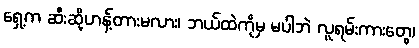
ရှေ့က ဆီးဆို့ဟန့်တားမလား၊ ဘယ်ထဲကိုမှ မပါဘဲ လူရမ်းကားတွေ၊